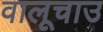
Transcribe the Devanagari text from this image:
वालूचाउ